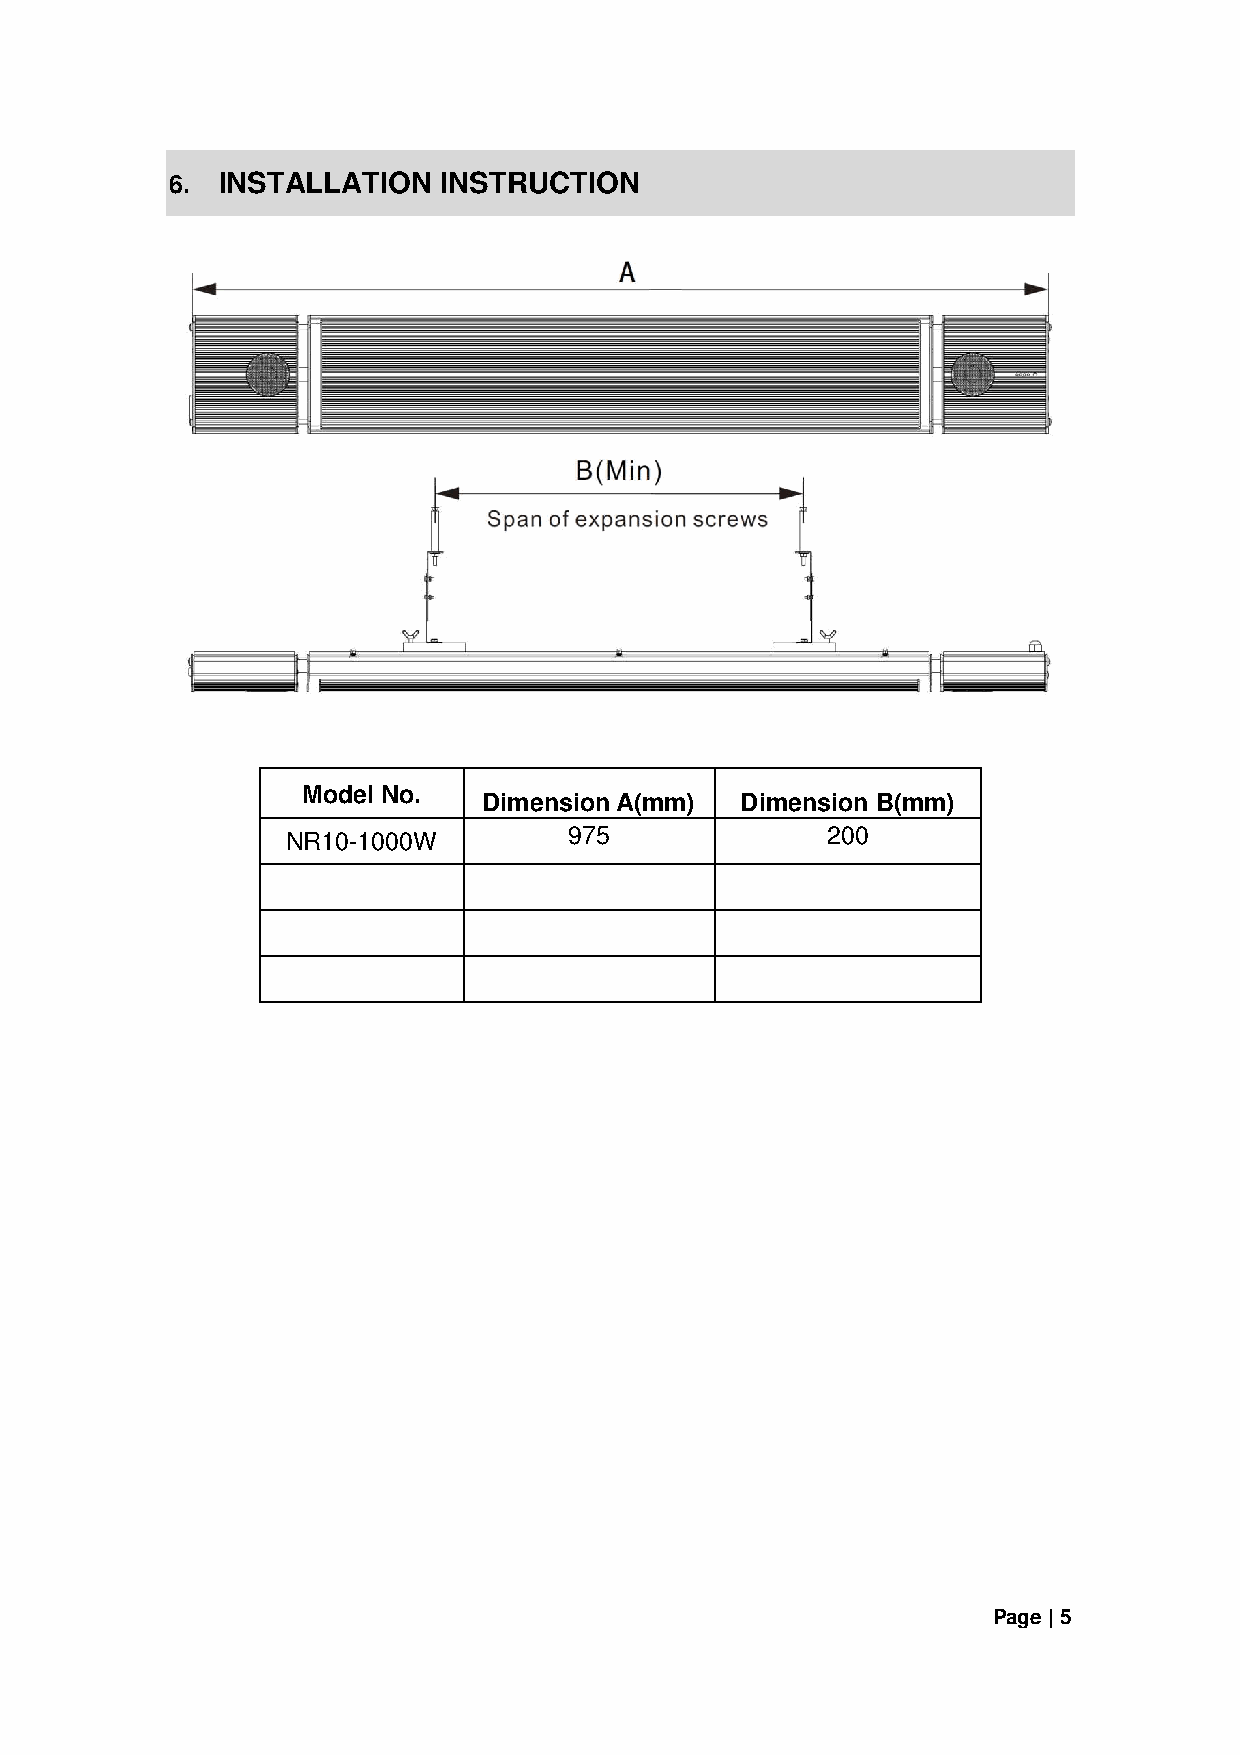
6. INSTALLATION   INSTRUCTION
 Model No.
 Dimension A(mm)  Dimension B(mm)
 NR10-1000W         975              200
 Page | 5